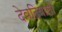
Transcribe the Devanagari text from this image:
देवदिवाली